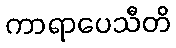
ကာရာပေသီတိ